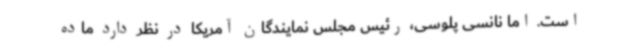
است. اما نانسی پلوسی، رئیس مجلس نمایندگان آمریکا در نظر دارد ماده